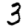
Digit: 3